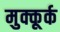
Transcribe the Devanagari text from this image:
मुक्कूर्क